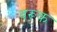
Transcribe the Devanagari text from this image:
बरूक